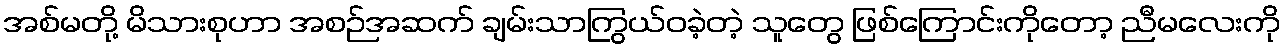
အစ်မတို့ မိသားစုဟာ အစဉ်အဆက် ချမ်းသာကြွယ်ဝခဲ့တဲ့ သူတွေ ဖြစ်ကြောင်းကိုတော့ ညီမလေးကို